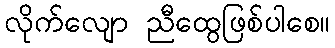
လိုက်လျော ညီထွေဖြစ်ပါစေ။